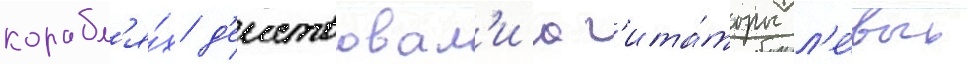
корабл'я́х д'еиствовал'и аг'ита́торы л'е́вых